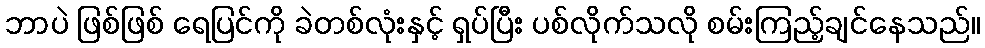
ဘာပဲ ဖြစ်ဖြစ် ရေပြင်ကို ခဲတစ်လုံးနှင့် ရှပ်ပြီး ပစ်လိုက်သလို စမ်းကြည့်ချင်နေသည်။